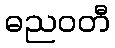
ဓညဝတီ